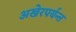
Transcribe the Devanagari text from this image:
अखेरपर्यन्त